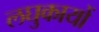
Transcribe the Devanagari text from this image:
लघुकायों